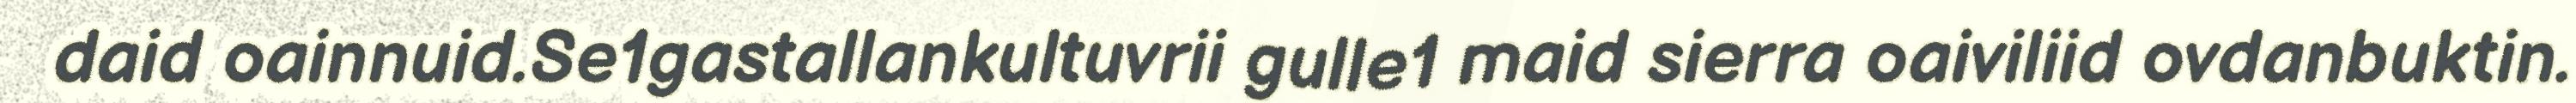
daid oainnuid.Se1gastallankultuvrii gulle1 maid sierra oaiviliid ovdanbuktin.